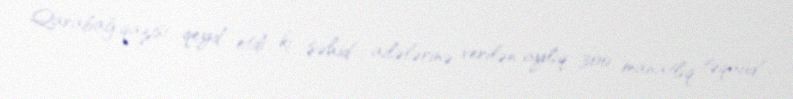
Qarabağ qazisi qeyd etdi ki, şəhid ailələrinə verilən aylıq 300 manatlıq təqaüd